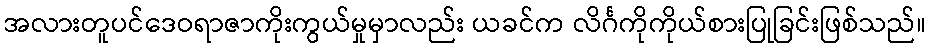
အလားတူပင်ဒေဝရာဇာကိုးကွယ်မှုမှာလည်း ယခင်က လိင်္ဂကိုကိုယ်စားပြုခြင်းဖြစ်သည်။